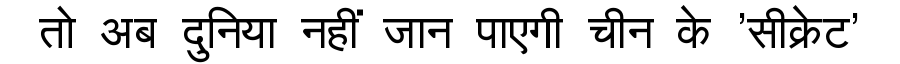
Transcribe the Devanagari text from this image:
तो अब दुनिया नहीं जान पाएगी चीन के 'सीक्रेट'